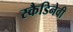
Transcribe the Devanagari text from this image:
स्कैडिनेवी